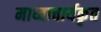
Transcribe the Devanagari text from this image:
माध्वाचार्यकृत